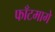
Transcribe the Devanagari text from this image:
फाँटमागे